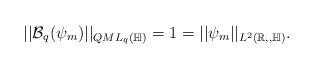
\begin{align*}||\mathcal{B}_q(\psi_m)||_{QML_q(\mathbb{H})}=1=||\psi_m||_{L^2(\mathbb{R,,\mathbb{H}})}.\end{align*}